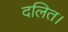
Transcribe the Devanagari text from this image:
दलित।